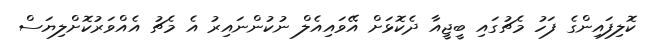
ކޮލިފައިންގެ ފަހު މެޗުގައި ބީޖީއާ ދެކޮޅަށް އޭވައިއެލް ނުކުންނައިރު އެ މެޗު އެއްވަރުކޮށްލިޔަސް